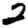
Digit: 2